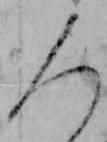
人